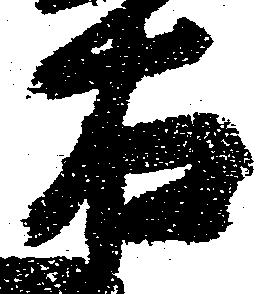
右